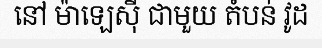
នៅ ម៉ាឡេស៊ី ជាមួយ តំបន់ វូដ